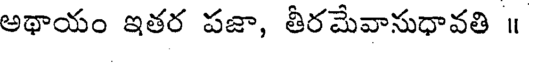
అథాయం ఇతర పజా, తీరమేవానుధావతి ॥